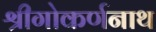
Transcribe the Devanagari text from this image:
श्रीगोकर्णनाथ